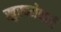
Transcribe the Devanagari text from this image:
खुरचनेवाली